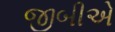
જીબીએ